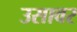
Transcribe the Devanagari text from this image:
उसावर